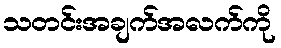
သတင်းအချက်အလက်ကို